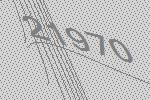
21970